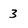
Character: 3